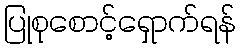
ပြုစုစောင့်ရှောက်ရန်